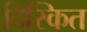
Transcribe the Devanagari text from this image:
दिस्कित